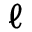
\ell